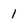
Character: 1